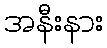
အနီးနား